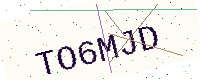
Text: TO6MJD